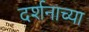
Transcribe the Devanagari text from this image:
दर्शनाच्या